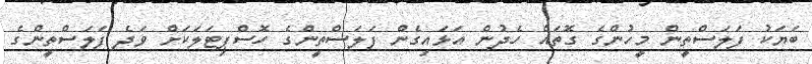
ބަޔަކު ފަލަސްތީން މީހުންގެ ގޮތައް ހެދުން އަޅައިގެން ފަލަސްތީންގެ ހޮސްޕިޓަލަކަށް ވަދެ ފަލަސްތީންގެ